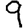
Digit: 9